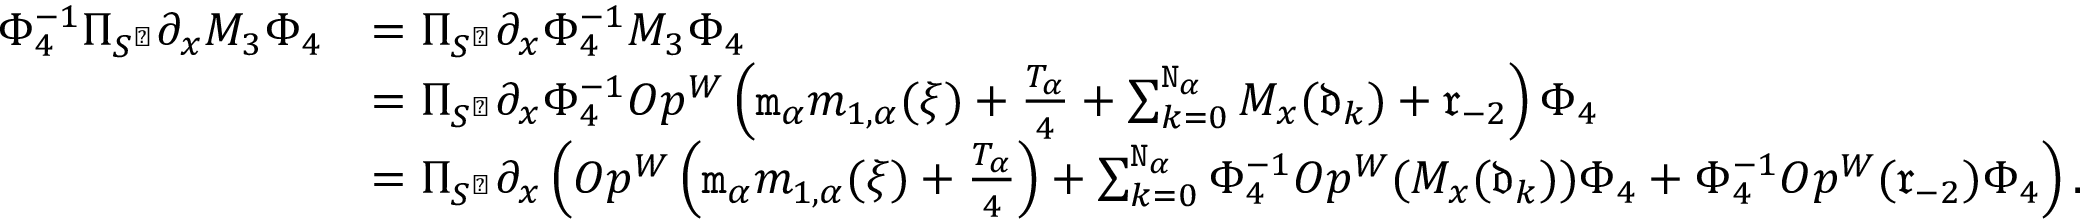
\begin{array} { r l } { \Phi _ { 4 } ^ { - 1 } \Pi _ { S ^ { \perp } } \partial _ { x } M _ { 3 } \Phi _ { 4 } } & { = \Pi _ { S ^ { \perp } } \partial _ { x } \Phi _ { 4 } ^ { - 1 } M _ { 3 } \Phi _ { 4 } } \\ & { = \Pi _ { S ^ { \perp } } \partial _ { x } \Phi _ { 4 } ^ { - 1 } O p ^ { W } \left( \mathtt { m } _ { \alpha } m _ { 1 , \alpha } ( \xi ) + \frac { T _ { \alpha } } 4 + \sum _ { k = 0 } ^ { \mathtt { N } _ { \alpha } } M _ { x } ( \mathfrak { d } _ { k } ) + \mathfrak { r } _ { - 2 } \right) \Phi _ { 4 } } \\ & { = \Pi _ { S ^ { \perp } } \partial _ { x } \left( O p ^ { W } \left( \mathtt { m } _ { \alpha } m _ { 1 , \alpha } ( \xi ) + \frac { T _ { \alpha } } 4 \right) + \sum _ { k = 0 } ^ { \mathtt { N } _ { \alpha } } \Phi _ { 4 } ^ { - 1 } O p ^ { W } ( M _ { x } ( \mathfrak { d } _ { k } ) ) \Phi _ { 4 } + \Phi _ { 4 } ^ { - 1 } O p ^ { W } ( \mathfrak { r } _ { - 2 } ) \Phi _ { 4 } \right) . } \end{array}